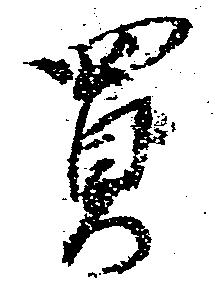
買